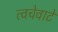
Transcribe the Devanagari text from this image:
त्वचेवाटे